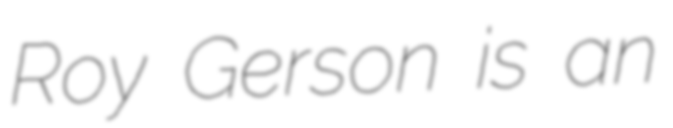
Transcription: Roy Gerson is an